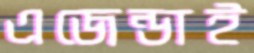
এজেন্ডাই